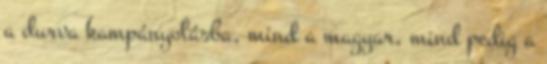
a durva kampányolásba, mind a magyar, mind pedig a